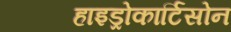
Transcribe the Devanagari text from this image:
हाइड्रोकार्टिसोन